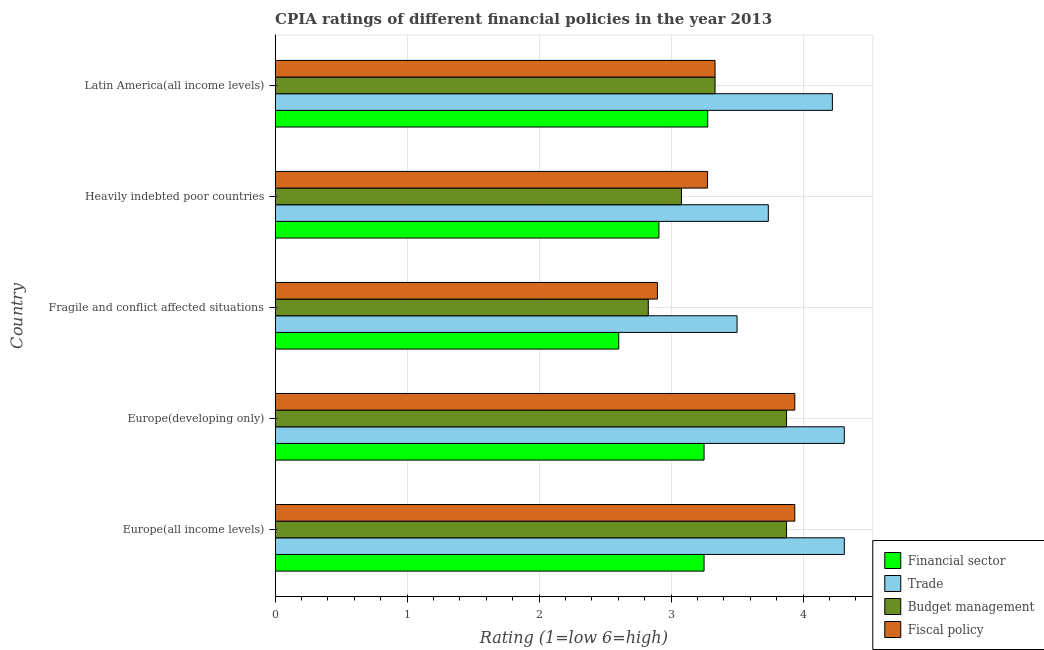
| Country | Financial sector | Trade | Budget management | Fiscal policy |
 | --- | --- | --- | --- | --- |
 | Europe(all income levels) | 3.25 | 4.31 | 3.88 | 3.94 |
 | Europe(developing only) | 3.25 | 4.31 | 3.88 | 3.94 |
 | Fragile and conflict affected situations | 2.6 | 3.5 | 2.83 | 2.9 |
 | Heavily indebted poor countries | 2.91 | 3.74 | 3.08 | 3.28 |
 | Latin America(all income levels) | 3.28 | 4.22 | 3.33 | 3.33 |